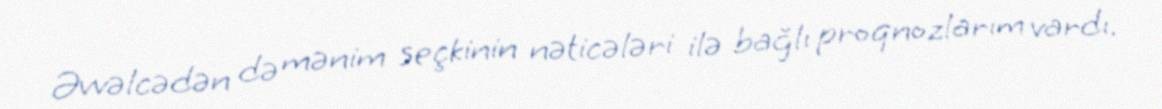
Əvvəlcədən də mənim seçkinin nəticələri ilə bağlı proqnozlarım vardı.